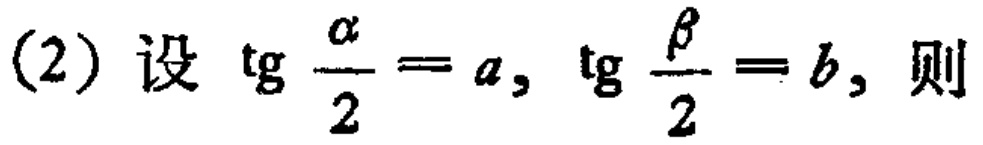
(2) 设 \(\tg\frac{\alpha}{2}=a,\ \tg\frac{\beta}{2}=b,\) 则